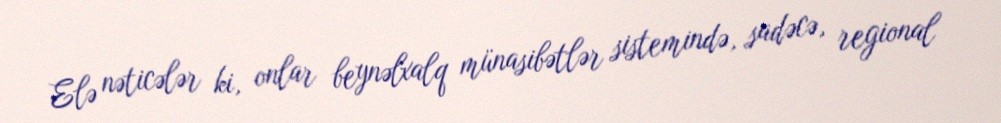
Elə nəticələr ki, onlar beynəlxalq münasibətlər sistemində, sadəcə, regional